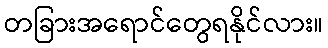
တခြားအရောင်တွေရနိုင်လား။